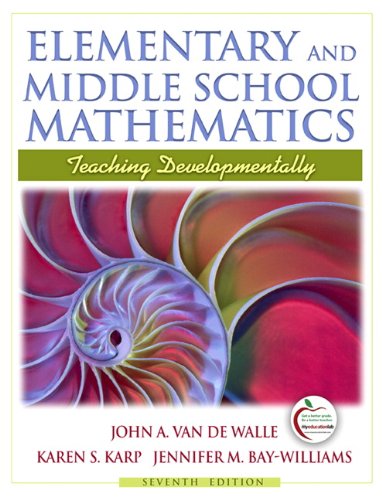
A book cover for Elementary and Middle School Mathematics: Teaching Developmentally (7th Edition); John A. Van de Walle; Science & Math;